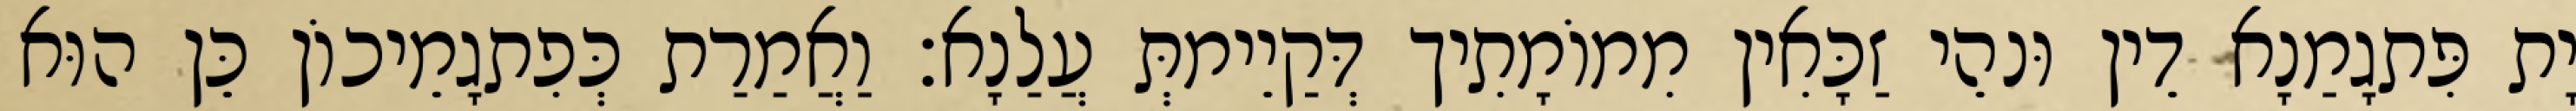
יָת פִּתגָמַנָא דֵין וּנהֵי זַכָּאִין מִמוֹמָתִיך דְּקַיֵימתְּ עֲלַנָא׃ וַאֲמַרַת כְּפִתגָמֵיכוֹן כֵּן הוּא